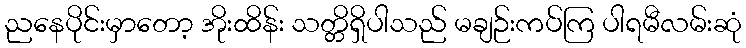
ညနေပိုင်းမှာတော့ အိုးထိန်း သတ္တိရှိပါသည် မချဉ်းကပ်ကြ ပါရမီလမ်းဆုံ